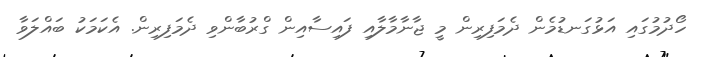
ހޯދުމުގައި އަޅުގަނޑުމެން ދެމަފިރިން މީ ޖާނާމާލާއި ފައިސާއިން ގްރުބާންވި ދެމަފިރިން. އެކަމަކު ބައްލަވާ